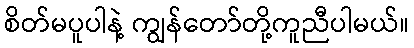
စိတ်မပူပါနဲ့ ကျွန်တော်တို့ကူညီပါမယ်။